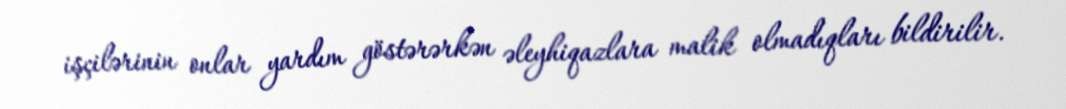
işçilərinin onlar yardım göstərərkən əleyhiqazlara malik olmadıqları bildirilir.